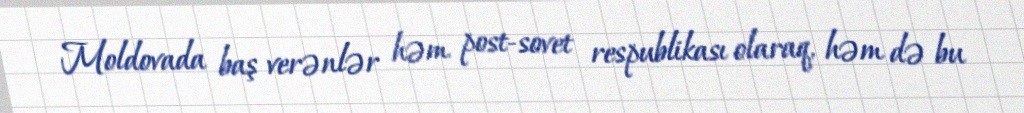
Moldovada baş verənlər həm post-sovet respublikası olaraq, həm də bu